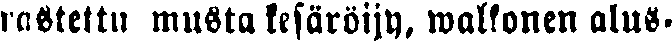
rastettu musta kesäröijy, walkonen alus-